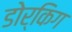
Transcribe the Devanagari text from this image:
डोर्किग